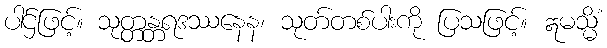
ပါဌ်ဖြင့်။ သုတ္တန္တရဒဿနေန၊ သုတ်တစ်ပါးကို ပြသဖြင့်။ ဣမသ္မိံ